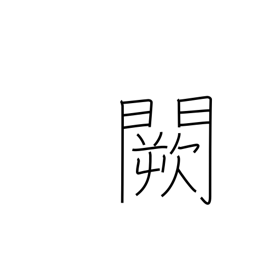
Meaning: imperial palace